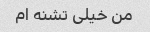
من خیلی تشنه ام